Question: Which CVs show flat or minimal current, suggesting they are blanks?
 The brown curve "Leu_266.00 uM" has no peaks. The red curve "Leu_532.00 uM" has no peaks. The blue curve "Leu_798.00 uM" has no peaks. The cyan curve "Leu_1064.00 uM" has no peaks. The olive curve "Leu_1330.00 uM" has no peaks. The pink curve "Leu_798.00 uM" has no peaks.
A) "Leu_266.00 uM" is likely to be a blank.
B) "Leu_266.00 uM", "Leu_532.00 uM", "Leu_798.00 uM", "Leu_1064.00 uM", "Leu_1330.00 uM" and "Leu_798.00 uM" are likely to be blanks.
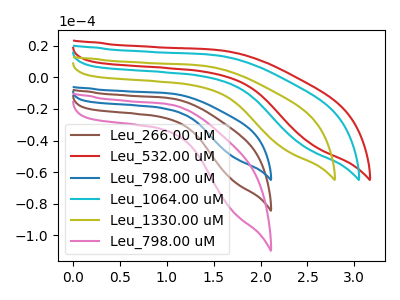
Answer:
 <answer>B) "Leu_266.00 uM", "Leu_532.00 uM", "Leu_798.00 uM", "Leu_1064.00 uM", "Leu_1330.00 uM" and "Leu_798.00 uM" are likely to be blanks.</answer>
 <eval>B</eval>